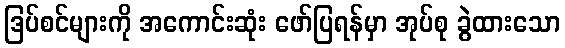
ဒြပ်စင်များကို အကောင်းဆုံး ဖော်ပြရန်မှာ အုပ်စု ခွဲထားသော